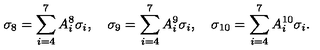
\sigma _ { 8 } = \sum _ { i = 4 } ^ { 7 } A _ { i } ^ { 8 } \sigma _ { i } , \quad \sigma _ { 9 } = \sum _ { i = 4 } ^ { 7 } A _ { i } ^ { 9 } \sigma _ { i } , \quad \sigma _ { 1 0 } = \sum _ { i = 4 } ^ { 7 } A _ { i } ^ { 1 0 } \sigma _ { i } .